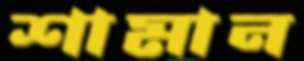
শামান